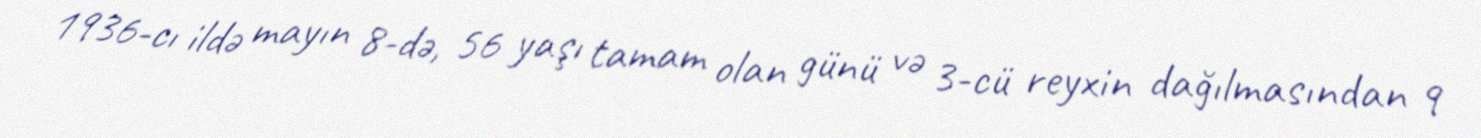
1936-cı ildə mayın 8-də, 56 yaşı tamam olan günü və 3-cü reyxin dağılmasından 9